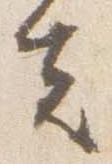
夫